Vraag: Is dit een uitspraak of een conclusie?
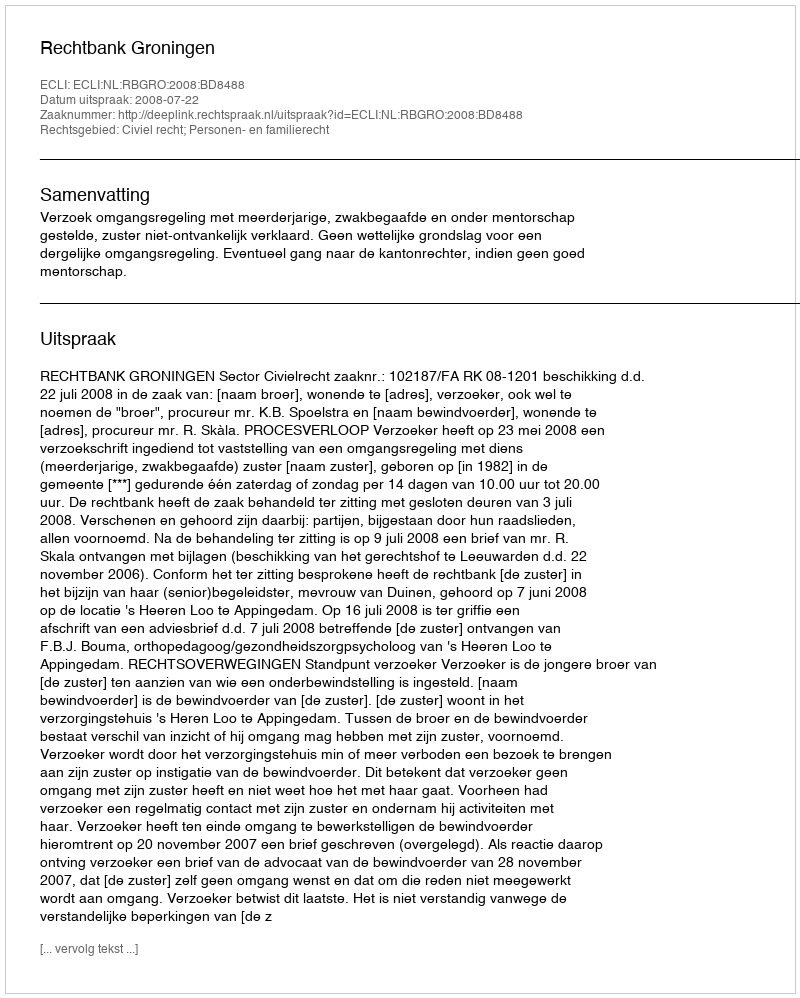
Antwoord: Uitspraak